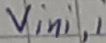
Text: Vini,1